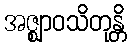
အဇ္ဈာဝသိတုန္တိ